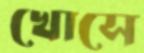
খোসে